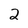
Character: 2